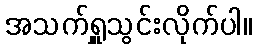
အသက်ရှူသွင်းလိုက်ပါ။